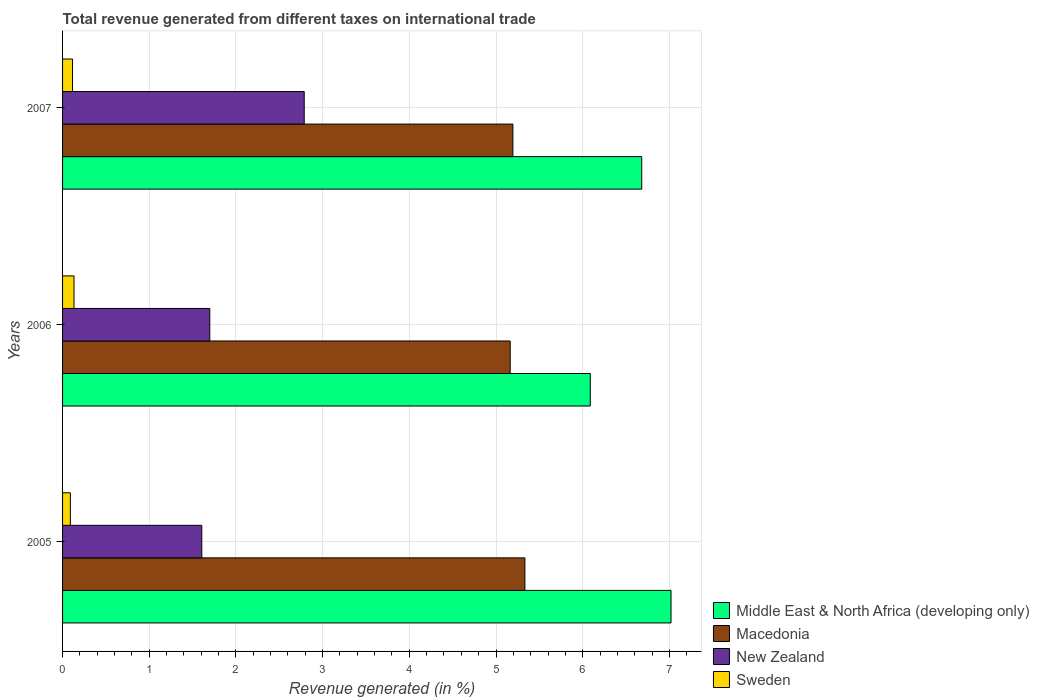
| Years | Middle East & North Africa (developing only) | Macedonia | New Zealand | Sweden |
 | --- | --- | --- | --- | --- |
 | 2005 | 7.02 | 5.33 | 1.61 | 0.0901 |
 | 2006 | 6.09 | 5.16 | 1.7 | 0.132 |
 | 2007 | 6.68 | 5.19 | 2.79 | 0.115 |